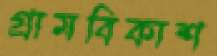
গ্রামবিকাশ